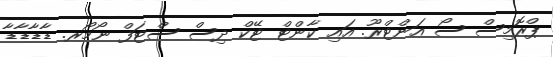
ޕްރޮމިސް ސޯ އަންޓްރޫ. އައި ކާންޓް ޓޭކް ދިސް ސްޓަފް ނޯމޯރ. ޑާޑާޑާޑާ